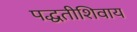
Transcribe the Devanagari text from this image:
पद्धतीशिवाय